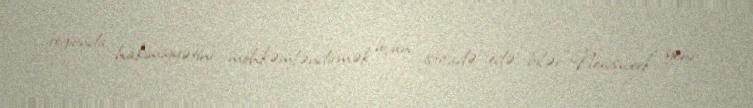
regionda hakimiyyətini möhkəmləndirmək üçün istifadə edə bilər.“Newsweek” yeni